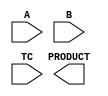

////////////////////////////////////////////////////////////////////////////////
//
//       This confidential and proprietary software may be used only
//     as authorized by a licensing agreement from Synopsys Inc.
//     In the event of publication, the following notice is applicable:
//
//                    (C) COPYRIGHT 1994 - 2009 SYNOPSYS INC.
//                           ALL RIGHTS RESERVED
//
//       The entire notice above must be reproduced on all authorized
//     copies.
//
//
// VERSION:   Simulation Architecture
//
// DesignWare_version: 02f37f15
// DesignWare_release: C-2009.06-DWBB_0906
//
////////////////////////////////////////////////////////////////////////////////
//-----------------------------------------------------------------------------------
//
// ABSTRACT:  Multiplier
//           A_width-Bits * B_width-Bits => A_width+B_width Bits
//           Operands A and B can be either both signed (two's complement) or 
//	     both unsigned numbers. TC determines the coding of the input operands.
//           ie. TC = '1' => signed multiplication
//	         TC = '0' => unsigned multiplication
//
//	FIXED: by replacement with A tested working version
//		that not only doesn't multiplies right it does it
//		two times faster!
//  RPH 07/17/2002 
//      Rewrote to comply with the new guidelines
//------------------------------------------------------------------------------

module DW02_mult(A,B,TC,PRODUCT);
parameter	A_width = 8;
parameter	B_width = 8;
   
input	[A_width-1:0]	A;
input	[B_width-1:0]	B;
input			TC;
output	[A_width+B_width-1:0]	PRODUCT;

wire	[A_width+B_width-1:0]	PRODUCT;

wire	[A_width-1:0]	temp_a;
wire	[B_width-1:0]	temp_b;
wire	[A_width+B_width-2:0]	long_temp1,long_temp2;

  // synopsys translate_off 
  //-------------------------------------------------------------------------
  // Parameter legality check
  //-------------------------------------------------------------------------

  
  initial begin : parameter_check
    integer param_err_flg;

    param_err_flg = 0;
    
    
    if (A_width < 1) begin
      param_err_flg = 1;
      $display(
	"ERROR: %m :\n  Invalid value (%d) for parameter A_width (lower bound: 1)",
	A_width );
    end
    
    if (B_width < 1) begin
      param_err_flg = 1;
      $display(
	"ERROR: %m :\n  Invalid value (%d) for parameter B_width (lower bound: 1)",
	B_width );
    end 
  
    if ( param_err_flg == 1) begin
      $display(
        "%m :\n  Simulation aborted due to invalid parameter value(s)");
      $finish;
    end

  end // parameter_check
     
assign	temp_a = (A[A_width-1])? (~A + 1'b1) : A;
assign	temp_b = (B[B_width-1])? (~B + 1'b1) : B;

assign	long_temp1 = temp_a * temp_b;
assign	long_temp2 = ~(long_temp1 - 1'b1);

assign	PRODUCT = ((^(A ^ A) !== 1'b0) || (^(B ^ B) !== 1'b0) || (^(TC ^ TC) !== 1'b0) ) ? {A_width+B_width{1'bX}} :
		  (TC)? (((A[A_width-1] ^ B[B_width-1]) && (|long_temp1))?
			 {1'b1,long_temp2} : {1'b0,long_temp1})
		     : A * B;
   // synopsys translate_on
endmodule